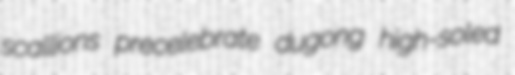
scallions precelebrate dugong high-soled